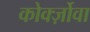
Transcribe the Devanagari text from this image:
कोर्क्ज़ोवा